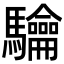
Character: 𮪟